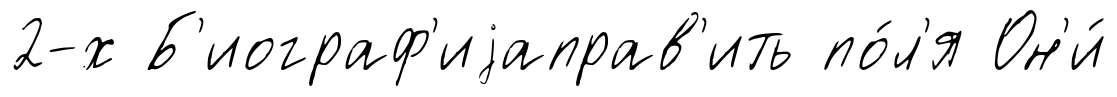
2-х Б'иограф'иjаправ'ить по́л'я Он'и́